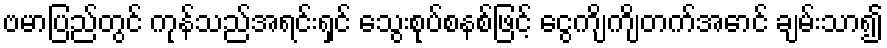
ဗမာပြည်တွင် ကုန်သည်အရင်းရှင် သွေးစုပ်စနစ်ဖြင့် ငွေကျိကျိတက်အောင် ချမ်းသာ၍